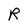
Character: R